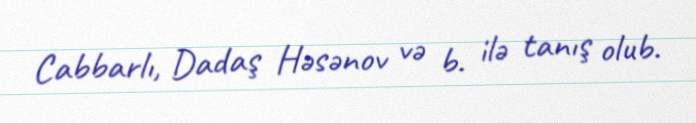
Cabbarlı, Dadaş Həsənov və b. ilə tanış olub.